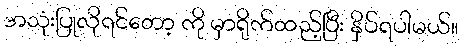
အသုံးပြုလိုရင်တော့ ကို မှာရိုက်ထည့်ပြီး နှိပ်ရပါမယ်။